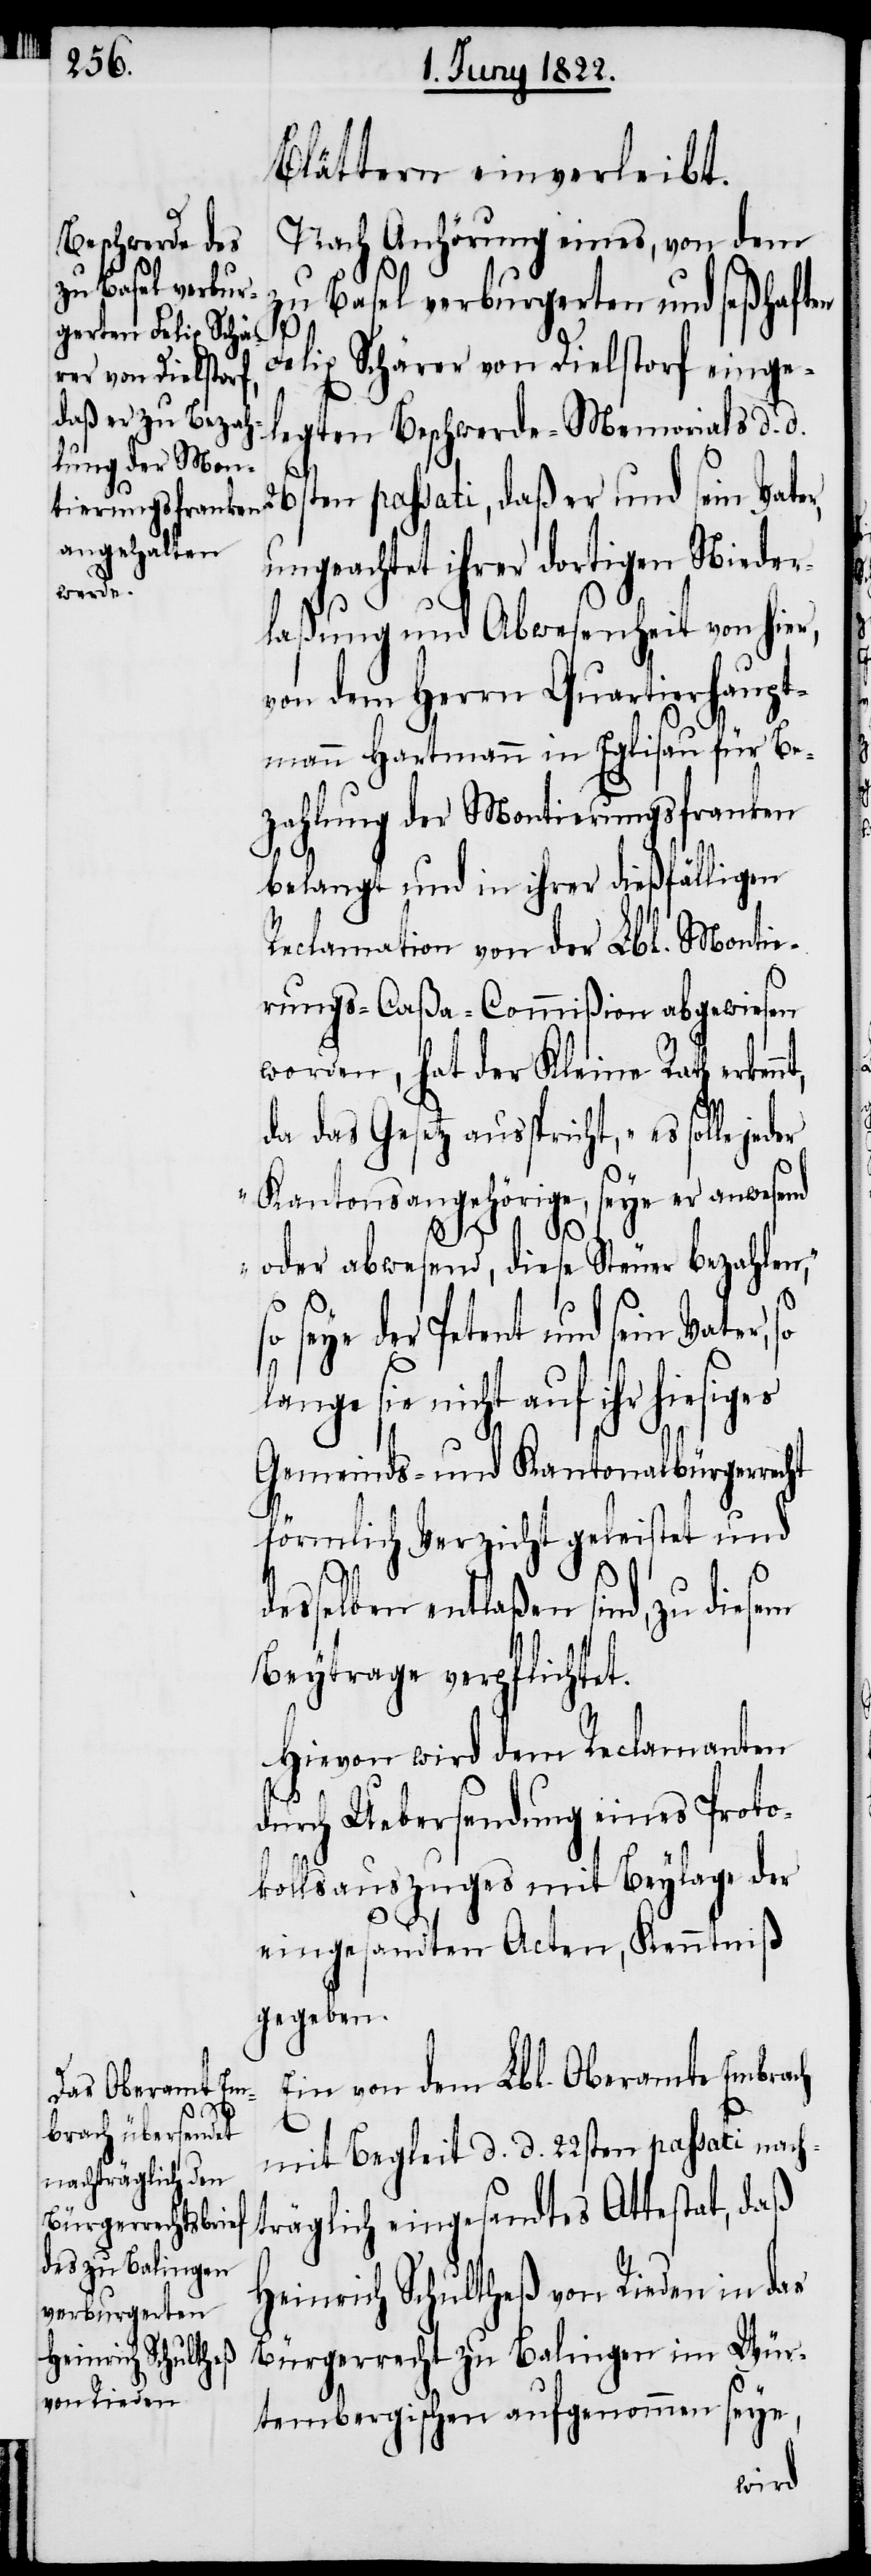
Blättern einverleibt.
Nach Anhörung eines, von dem
zu Basel verburgerten und seßhaft¬
Felix Schärer von Dielstorf einge¬
nt,
16sten passati, daß er und sein Vater,
ungeachtet ihrer dortigen Nieder¬
laßung und Abwesenheit von hier,
von dem Herrn Quartierhaupt¬
mann Hartmann in Eglisau für Be¬
zahlung der Montierungsfranken
belangt und in ihrer dießfälligen
Reclamation von der Lbl. Montie¬
rungs-Caßa-Commißion abgewiesen
worden, hat der Kleine Rath erken¬
da das Gesetz ausspricht, „es solle
Kantonsangehörige, seye er anwesend
oder abwesend, diese Steuer bezahlen,“
so
seye der Petent und sein Vater,
lange sie nicht auf ihr hiesiges
Gemeinds- und Kantonalbürgerrecht
d.
entlaßen sind, zu diesem
Beytrage verpflichtet.
Hievon wird dem Reclamanten
durch Ueberweisung eines Proto¬
kollsauszuges mit Beylage der
eingesandten Acten, Kenntniß
gegeben.
Ein von dem Lbl. Oberamte Embrach
mit Begleit d. d. 22sten passati nach¬
träglich eingesandtes Attestat, daß
Heinrich Schultheß von Rieden in das
Bürgerrecht zu Balingen im Wür¬
en
tembergischen aufgenommen